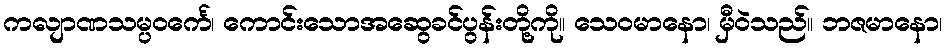
ကလျာဏသမ္ပဝင်္ကေ၊ ကောင်းသောအဆွေခင်ပွန်းတို့ကို။ သေဝမာနော၊ မှီဝဲသည်။ ဘဇမာနော၊